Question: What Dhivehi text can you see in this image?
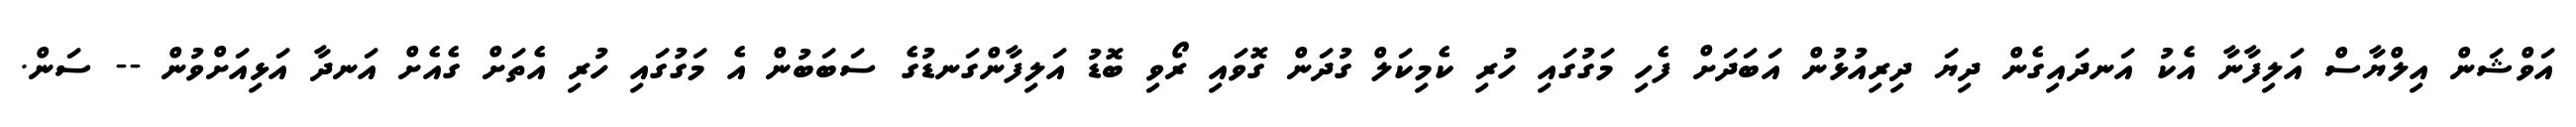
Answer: އަވްޝަން އިލްޔާސް އަލިފާނާ އެކު އަނދައިގެން ދިޔަ ދިރިއުޅުން އަބަދަށް ފެހި މަގުގައި ހުރި ކެމިކަލް ގުދަން ގޮވައި ރޯވި ބޮޑު އަލިފާންގަނޑުގެ ސަބަބުން އެ މަގުގައި ހުރި އެތަށް ގެއެށް އަނދާ އަޅިއަށްވުން -- ސަން.